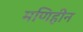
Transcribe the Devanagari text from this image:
मणिहीन